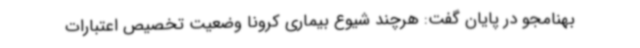
بهنامجو در پایان گفت: هرچند شیوع بیماری کرونا وضعیت تخصیص اعتبارات